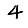
Digit: 4